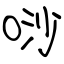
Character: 唦